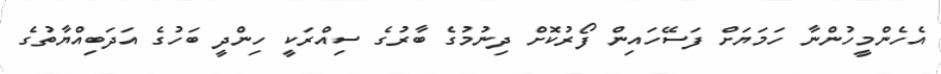
އެހެންމީހުންނާ ހަމަޔަށް ފަސޭހައިން ފޯރުކޮށް ދިނުމުގެ ބާރުގެ ސިއްރަކީ ހިންދީ ބަހުގެ އަދަބިއްޔާތުގެ